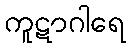
ကူဋာဂါရေ